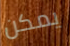
يمكن